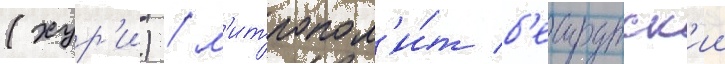
(хур'и) / м'итропол'и́т б'еирутск'ии